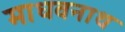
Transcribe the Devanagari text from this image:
माधवनाथ